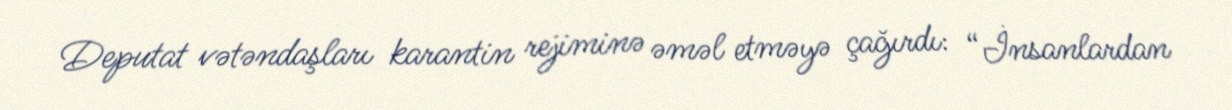
Deputat vətəndaşları karantin rejiminə əməl etməyə çağırdı: “İnsanlardan